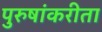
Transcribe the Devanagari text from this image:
पुरुषांकरीता